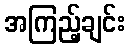
အကြည့်ချင်း